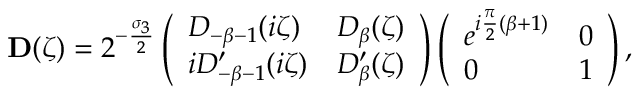
\mathbf { D } ( \zeta ) = 2 ^ { - \frac { \sigma _ { 3 } } { 2 } } \left( \begin{array} { l l } { D _ { - { \beta } - 1 } ( i \zeta ) } & { D _ { { \beta } } ( \zeta ) } \\ { i D _ { - { \beta } - 1 } ^ { \prime } ( i \zeta ) } & { D _ { { \beta } } ^ { \prime } ( \zeta ) } \end{array} \right) \left( \begin{array} { l l } { e ^ { i \frac { \pi } { 2 } ( { \beta } + 1 ) } } & { 0 } \\ { 0 } & { 1 } \end{array} \right) ,